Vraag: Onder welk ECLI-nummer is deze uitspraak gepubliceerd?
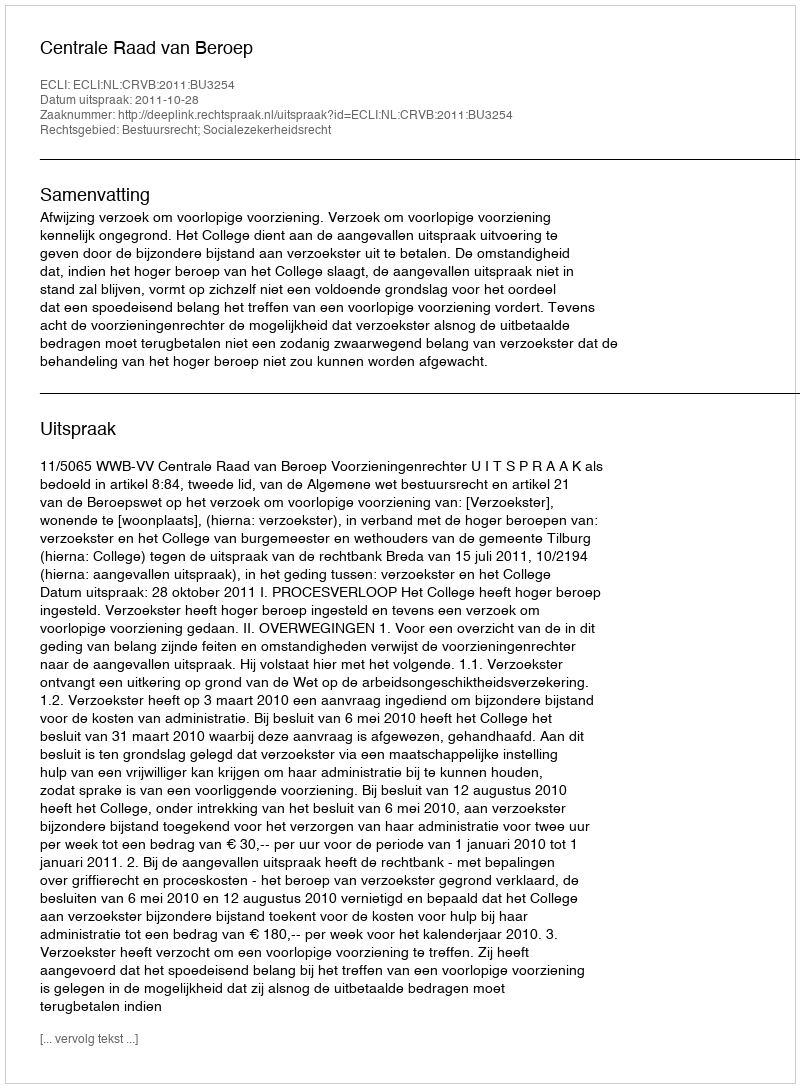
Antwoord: ECLI:NL:CRVB:2011:BU3254